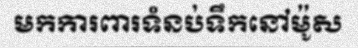
មកការពារទំនប់ទឹកនៅម៉ូស